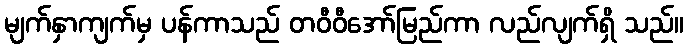
မျက်နှာကျက်မှ ပန်ကာသည် တဝီဝီအော်မြည်ကာ လည်လျက်ရှိ သည်။